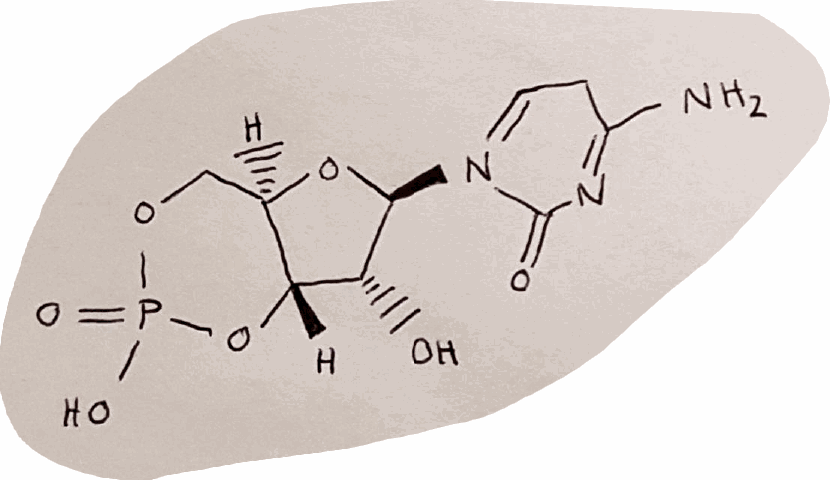
Simplified molecular-input line-entry system (SMILES) notation of the given molecule:
C1[C@@H]2[C@H]([C@H]([C@@H](O2)N3C=CC(=NC3=O)N)O)OP(=O)(O1)O